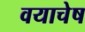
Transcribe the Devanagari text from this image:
वयाचेष